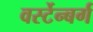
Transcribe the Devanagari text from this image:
वर्स्टेन्बर्ग